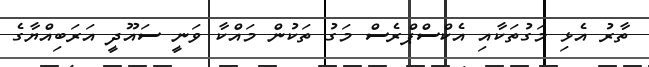
ތާރު އެޅި މަގުތަކާއި އެކްސްޕްރެސް މަގު ތަކުން މައްކާ ވަނީ ސައޫދީ އަރަބިއްޔާގެ